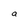
Character: a